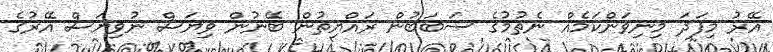
އޭރު މިފަދަ މިނިވަންކަމެއް ނެތުމުގެ ސަބަބުން ރައްޔިތުން ބޭނުން ވިޔަސް ނުވިޔަސް އޭރުގެ